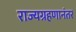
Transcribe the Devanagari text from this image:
राज्यग्रहणानंतर